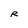
Character: R